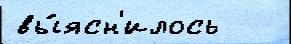
вы́ясн'илось